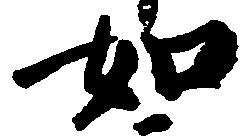
如